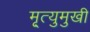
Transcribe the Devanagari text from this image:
मृ्त्युमुखी